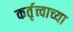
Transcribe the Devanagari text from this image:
कर्तृत्त्वाच्या